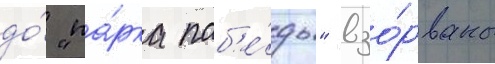
до́ "па́рка поб'е́ды" взо́рваны